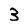
Character: 3